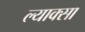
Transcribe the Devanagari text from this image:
ल्याक्सा